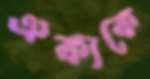
ঐক্যকে